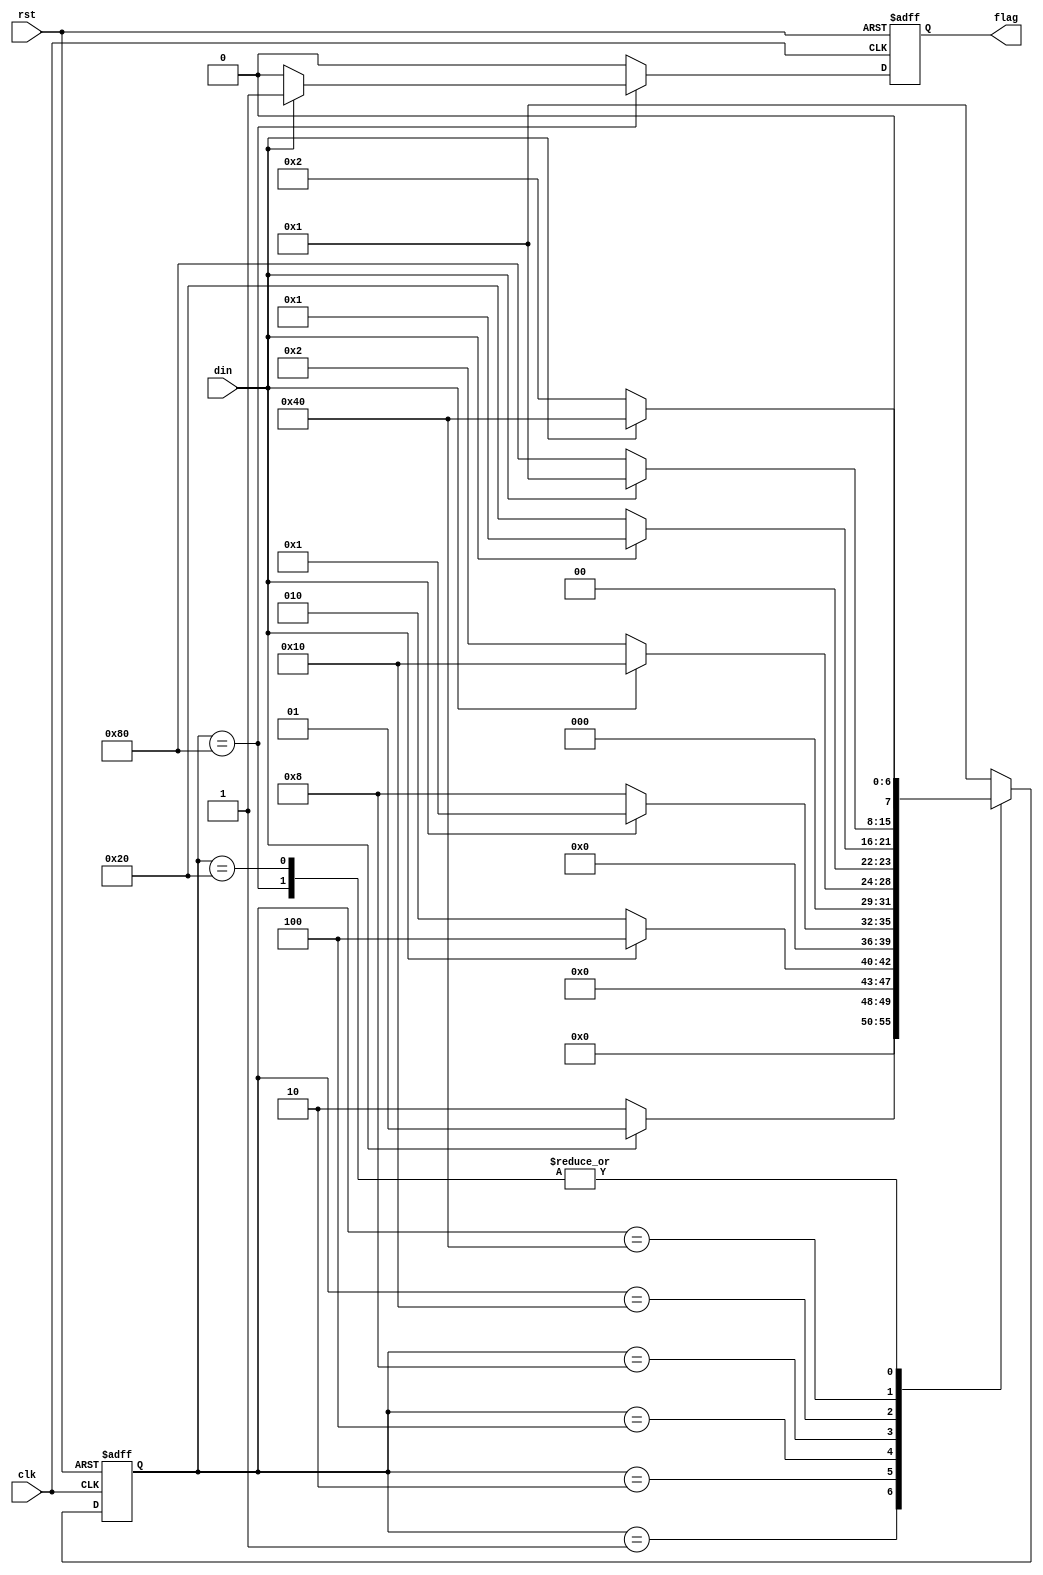
module mealy(output reg flag, input din, clk, rst);
    parameter IDLE = 8'b0000_0001, A = 8'b0000_0010, B = 8'b0000_0100, C = 8'b0000_1000, 
              D = 8'b0001_0000, E = 8'b0010_0000, F = 8'b0100_0000, G = 8'b1000_0000;
    reg [7:0] state;
    always @(posedge clk, posedge rst) begin
        if (rst) begin flag <= 1'b0; state <= IDLE; end
        else begin
            case (state)
                IDLE:   if (din) begin flag <= 1'b0; state <= IDLE; end
                        else begin flag <= 1'b0; state <= A; end
                A:      if (din) begin flag <= 1'b0; state <= B; end
                        else begin flag <= 1'b0; state <= A; end
                B:      if (din) begin flag <= 1'b0; state <= IDLE; end
                        else begin flag <= 1'b0; state <= C; end
                C:      if (din) begin flag <= 1'b0; state <= D; end
                        else begin flag <= 1'b0; state <= A; end
                D:      if (din) begin flag <= 1'b0; state <= IDLE; end
                        else begin flag <= 1'b0; state <= E; end
                E:      if (din) begin flag <= 1'b0; state <= F; end
                        else begin flag <= 1'b0; state <= A; end
                F:      if (din) begin flag <= 1'b0; state <= IDLE; end
                        else begin flag <= 1'b0; state <= G; end
                G:      if (din) begin flag <= 1'b1; state <= F; end
                        else begin flag <= 1'b0; state <= A; end
                default: begin flag <= 1'b0; state <= IDLE; end
            endcase
        end
    end

endmodule